Report of the Hyderabad Chloroform Commission
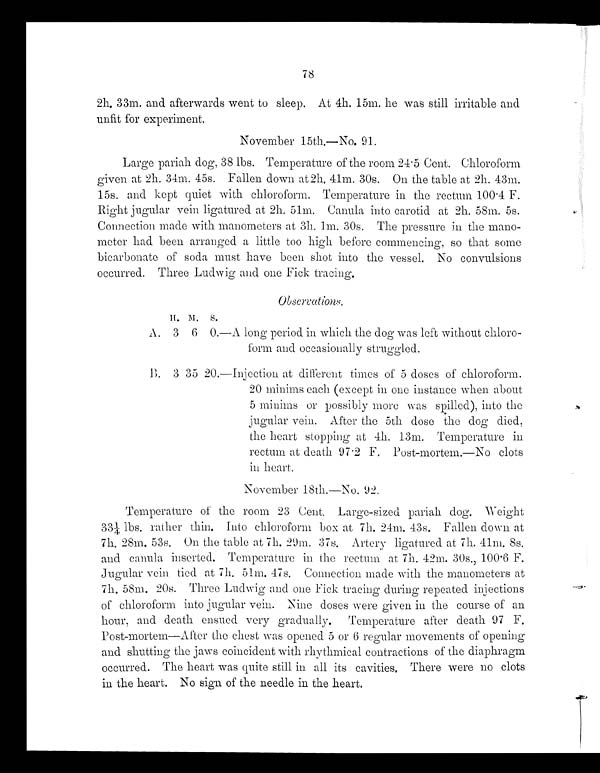
78
2h. 33m. and afterwards went to sleep. At 4h. 15m. he was still irritable and
unfit for experiment.
November 14th.—No. 91.
Large pariah dog, 38 lbs. Temperature of the room 24.5 Cent. Chloroform
given at 2h. 34m. 45s. Fallen down at 2h. 41m. 30s. On the table at 2h. 43m.
15s. and kept quiet with chloroform. Temperature in the rectum 100 . 4 F.
Right jugular vein ligatured at 2h. 41m. Canula into carotid at 2h. 48m. 5s.
Connection made with manometers at 3h. 1m. 30s. The pressure in the mano-
meter had been arranged a little too high before commencing, so that some
bicarbonate of soda must have been shot into the vessel. No convulsions
occurred. Three Ludwig and one Fick tracing.
Observations.
H . M .
S.
A. 3 6 0.—A long period in which the dog was left without chloro-
form and occasionally struggled.
B. 3 34 20.-Injection at different times of 4 closes of chloroform.
20 minims each (except in one instance when about
5 minims or possibly more was spilled), into the
jugular vein. After the 4th close the clog died,
the heart stopping at 4k. 13m.. Temperature in
rectum at death 97 . 2 F. Post-mortem.—No clots
in heart.
November 18th.—No. 92.
Temperature of the room 23 Cent. Large-sized pariah dog. Weight
33½. lbs. rather thin. Into chloroform box at 7h. 24m. 43s. Fallen down at
7h. 28m. 43s. On the table at 7h. 29m. 37s. Artery ligatured at 7h. 41m. 8s.
and cariula inserted. Temperature in the rectum at 7h. 42m. 30s., 100.6 F.
Jugular vein tied at 7h. 51m. 47s. Connection made with the manometers at
7h. 58m. 20s. Three Ludwig and one Fick tracing during repeated injections
of chloroform into jugular vein. Nine doses were given in the course of an
hour, and death ensued very gradually. Temperature after death 97 F.
Post-mortem—After the chest was opened 4 or 6 regular movements of opening
and shutting the jaws coincident with rhythmical contractions of the diaphragm
occurred. The heart was quite still in all its cavities. There were no clots
in the heart. No sign of the needle in the heart.